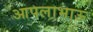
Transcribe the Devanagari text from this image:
आपलाभाऊ